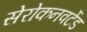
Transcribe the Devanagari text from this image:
सेरोकनवर्टेड